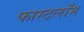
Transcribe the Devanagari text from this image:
फास्टलॉम